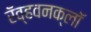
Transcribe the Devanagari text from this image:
रॅव्हवनक्लॉ